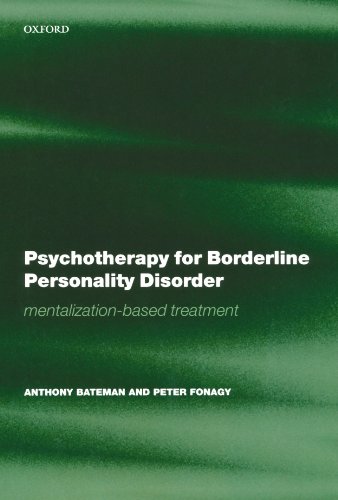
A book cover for Psychotherapy for Borderline Personality Disorder: Mentalization Based Treatment (Oxford Medical Publications); Anthony Bateman; Health, Fitness & Dieting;